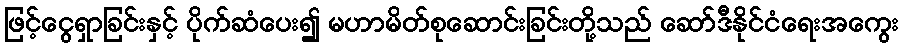
ဖြင့်ငွေရှာခြင်းနှင့် ပိုက်ဆံပေး၍ မဟာမိတ်စုဆောင်းခြင်းတို့သည် ဆော်ဒီနိုင်ငံရေးအကွေး